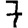
Digit: 7